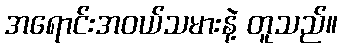
အရောင်းအဝယ်သမားနဲ့ တူသည်။